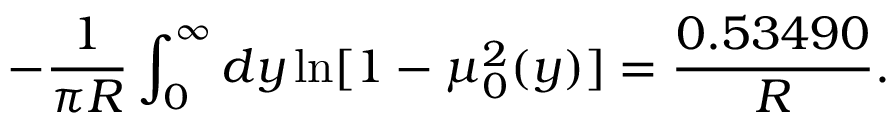
- \frac { 1 } { \pi R } \int _ { 0 } ^ { \infty } d y \ln [ 1 - \mu _ { 0 } ^ { 2 } ( y ) ] = \frac { 0 . 5 3 4 9 0 } { R } { . }